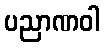
ပညာဏဝါ